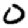
Digit: 0